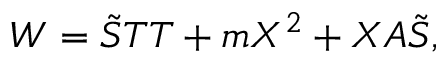
W = \tilde { S } T T + m X ^ { 2 } + X A \tilde { S } ,